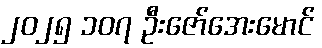
၂၀၂၅ ၁၀၇ ဦးဇော်အေးမောင်